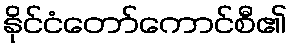
နိုင်ငံတော်ကောင်စီ၏